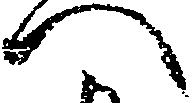
へ